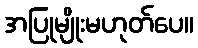
အပြုမျိုးမဟုတ်ပေ။